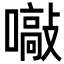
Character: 𡁞